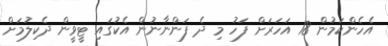
އެހެންކަމުން 18 އަހަރަށް ފަހު މި ދެ ފަންނާނުން އެކުގައި ޓީވީން ދެކިލުމަށް